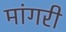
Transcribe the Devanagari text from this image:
मांगरी